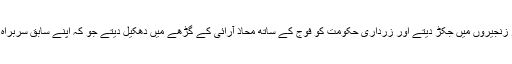
مزید براں بحال شدہ جج نظام کو زنجیروں میں جکڑ دیتے اور زرداری حکومت کو فوج کے ساتھ محاذ آرائی کے گڑھے میں دھکیل دیتے جو کہ اپنے سابق سربراہ کو ہر قیمت پر بچانا چاہتی ہے۔